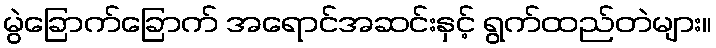
မွဲခြောက်ခြောက် အရောင်အဆင်းနှင့် ရွက်ထည်တဲများ။